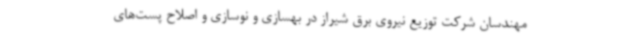
مهندسان شرکت توزیع نیروی برق شیراز در بهسازی و نوسازی و اصلاح پست‌های